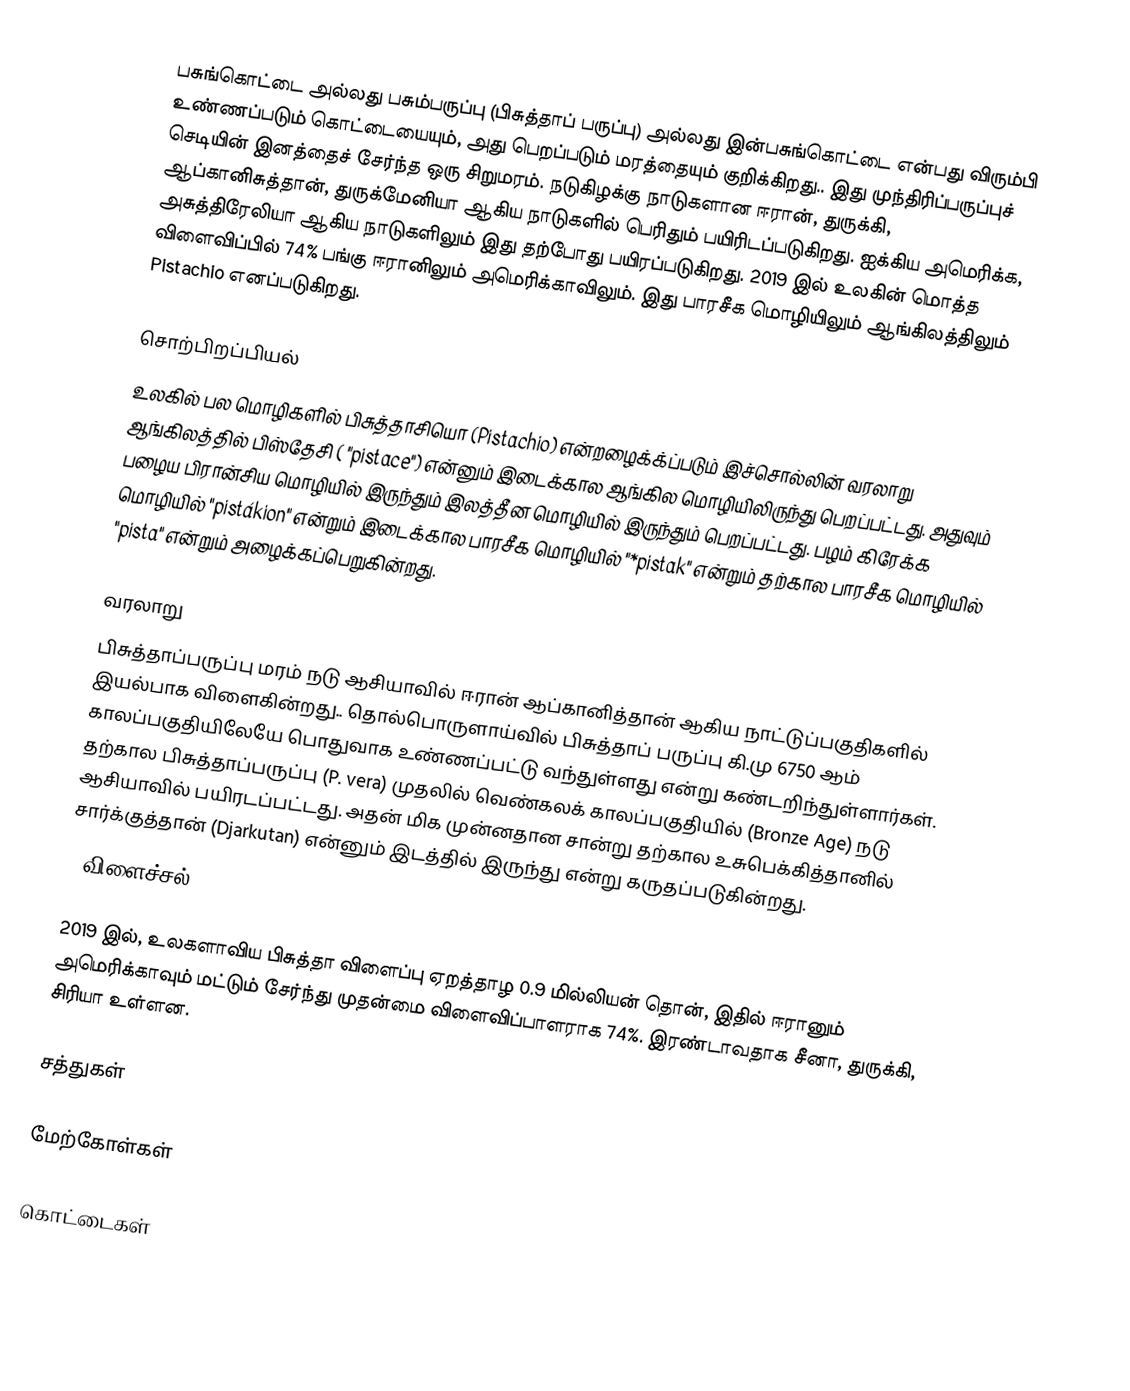
பசுங்கொட்டை அல்லது பசும்பருப்பு (பிசுத்தாப் பருப்பு) அல்லது இன்பசுங்கொட்டை என்பது விரும்பி உண்ணப்படும் கொட்டையையும், அது பெறப்படும் மரத்தையும் குறிக்கிறது.. இது முந்திரிப்பருப்புச் செடியின் இனத்தைச் சேர்ந்த ஒரு சிறுமரம்.  நடுகிழக்கு நாடுகளான ஈரான், துருக்கி, ஆப்கானிசுத்தான், துருக்மேனியா ஆகிய நாடுகளில் பெரிதும் பயிரிடப்படுகிறது. ஐக்கிய அமெரிக்க, அசுத்திரேலியா ஆகிய நாடுகளிலும் இது தற்போது பயிரப்படுகிறது. 2019 இல் உலகின் மொத்த விளைவிப்பில் 74% பங்கு ஈரானிலும் அமெரிக்காவிலும்.  இது பாரசீக மொழியிலும் ஆங்கிலத்திலும் Pistachio எனப்படுகிறது.

சொற்பிறப்பியல்
உலகில் பல மொழிகளில் பிசுத்தாசியொ (Pistachio) என்றழைக்க்ப்படும் இச்சொல்லின் வரலாறு ஆங்கிலத்தில் பிஸ்தேசி ( "pistace") என்னும் இடைக்கால ஆங்கில மொழியிலிருந்து பெறப்பட்டது. அதுவும் பழைய பிரான்சிய மொழியில் இருந்தும் இலத்தீன மொழியில் இருந்தும் பெறப்பட்டது. பழம் கிரேக்க மொழியில்  "pistákion" என்றும் இடைக்கால பாரசீக மொழியில் "*pistak" என்றும் தற்கால பாரசீக மொழியில்  "pista" என்றும் அழைக்கப்பெறுகின்றது.

வரலாறு
பிசுத்தாப்பருப்பு மரம் நடு ஆசியாவில் ஈரான் ஆப்கானித்தான் ஆகிய நாட்டுப்பகுதிகளில் இயல்பாக விளைகின்றது.. தொல்பொருளாய்வில் பிசுத்தாப் பருப்பு கி.மு 6750 ஆம் காலப்பகுதியிலேயே பொதுவாக உண்ணப்பட்டு வந்துள்ளது என்று கண்டறிந்துள்ளார்கள்.  தற்கால பிசுத்தாப்பருப்பு (P. vera) முதலில் வெண்கலக் காலப்பகுதியில் (Bronze Age) நடு ஆசியாவில் பயிரடப்பட்டது. அதன் மிக முன்னதான சான்று தற்கால உசுபெக்கித்தானில் சார்க்குத்தான் (Djarkutan) என்னும் இடத்தில் இருந்து என்று கருதப்படுகின்றது.
==விளைச்சல்--

2019 இல், உலகளாவிய பிசுத்தா விளைப்பு ஏறத்தாழ  0.9 மில்லியன் தொன், இதில் ஈரானும் அமெரிக்காவும் மட்டும் சேர்ந்து முதன்மை விளைவிப்பாளராக 74%. இரண்டாவதாக சீனா, துருக்கி, சிரியா உள்ளன.

சத்துகள்

மேற்கோள்கள்

கொட்டைகள்